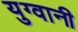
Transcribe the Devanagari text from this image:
युग्वानी